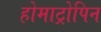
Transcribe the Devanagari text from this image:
होमाट्रोपिन